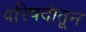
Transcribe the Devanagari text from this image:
परिषदांतून